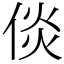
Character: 倓